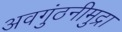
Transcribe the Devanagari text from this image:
अवगुंठनीमुद्रा